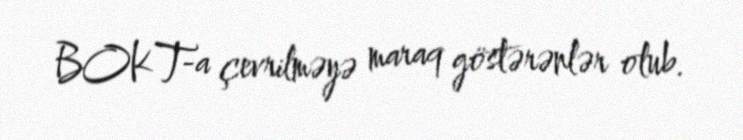
BOKT-a çevrilməyə maraq göstərənlər olub.